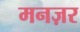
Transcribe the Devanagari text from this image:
मनज़र